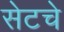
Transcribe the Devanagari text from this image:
सेटचे